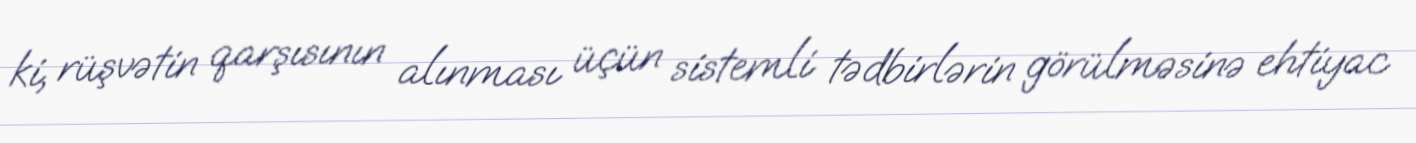
ki, rüşvətin qarşısının alınması üçün sistemli tədbirlərin görülməsinə ehtiyac